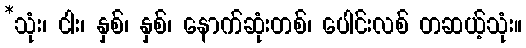
*သုံး၊ ငါး၊ နှစ်၊ နှစ်၊ နောက်ဆုံးတစ်၊ ပေါင်းလစ် တဆယ့်သုံး။